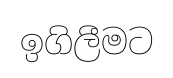
ඉගිලීමට